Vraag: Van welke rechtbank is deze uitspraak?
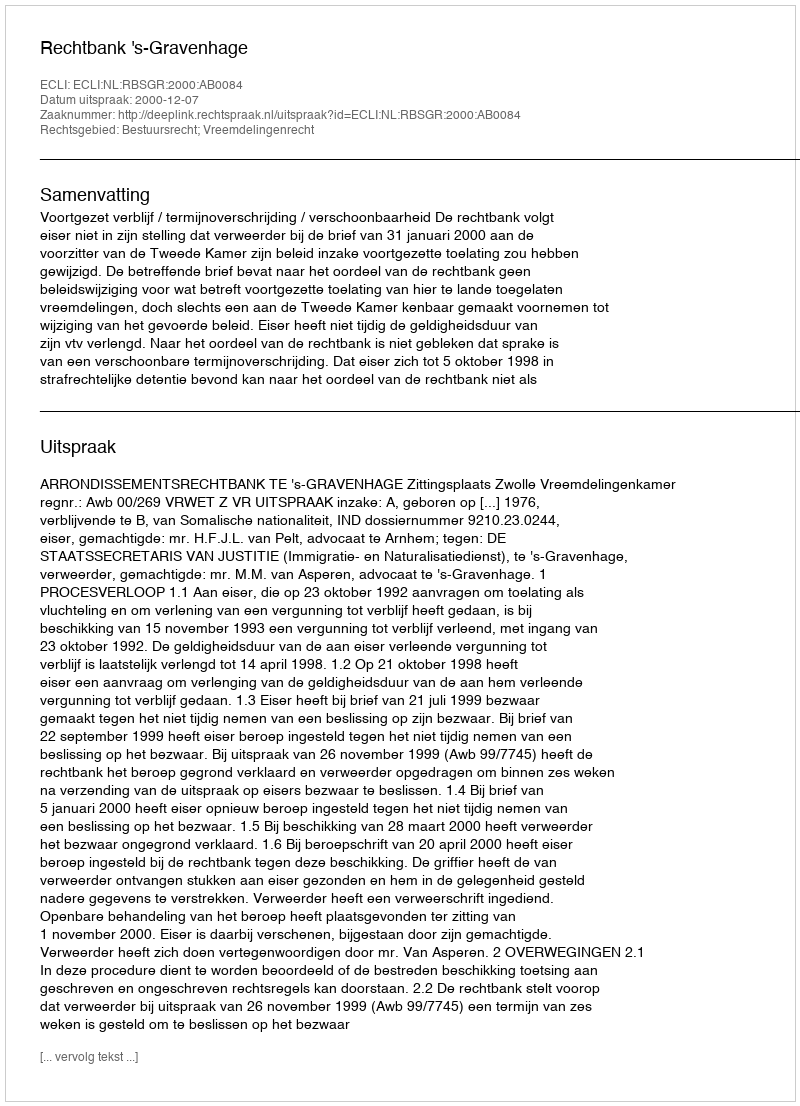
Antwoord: Rechtbank 's-Gravenhage